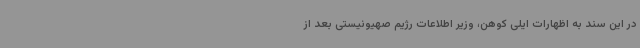
در این سند به اظهارات ایلی کوهن، وزیر اطلاعات رژیم صهیونیستی بعد از